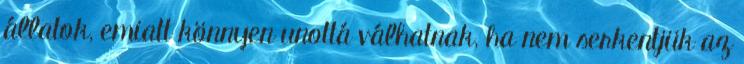
állatok, emiatt könnyen unottá válhatnak, ha nem serkentjük az